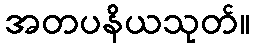
အတပနိယသုတ်။